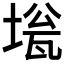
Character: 𡍻